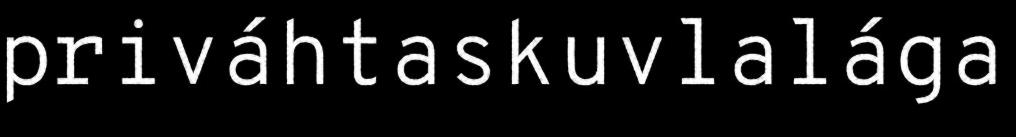
priváhtaskuvlalága